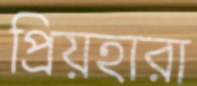
প্রিয়হারা